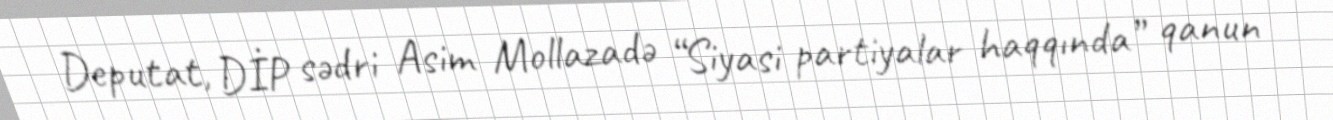
Deputat, DİP sədri Asim Mollazadə “Siyasi partiyalar haqqında” qanun